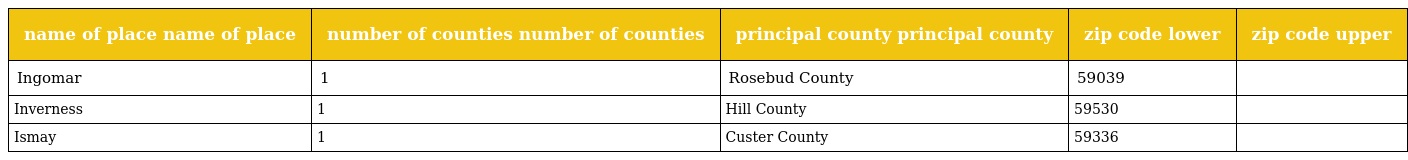
| name of place name of place | number of counties number of counties | principal county principal county | zip code lower | zip code upper |
 | --- | --- | --- | --- | --- |
 | Ingomar | 1 | Rosebud County | 59039 |  |
 | Inverness | 1 | Hill County | 59530 |  |
 | Ismay | 1 | Custer County | 59336 |  |